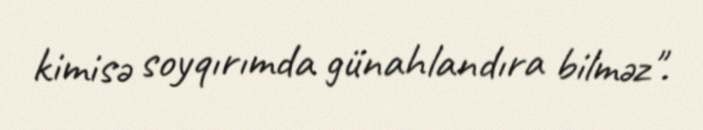
kimisə soyqırımda günahlandıra bilməz".